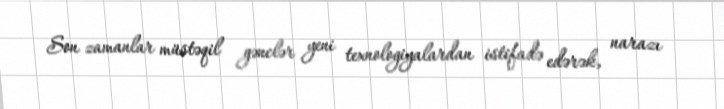
Son zamanlar müstəqil gənclər yeni texnologiyalardan istifadə edərək, narazı